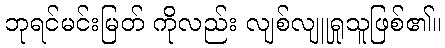
ဘုရင်မင်းမြတ် ကိုလည်း လျစ်လျူရှုသူဖြစ်၏။